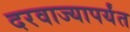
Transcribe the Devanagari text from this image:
दरवाज्यापर्यंत